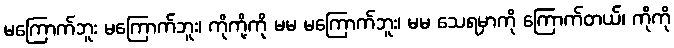
မကြောက်ဘူး မကြောက်ဘူး၊ ကိုကို့ကို မမ မကြောက်ဘူး၊ မမ သေရမှာကို ကြောက်တယ်၊ ကိုကို